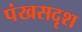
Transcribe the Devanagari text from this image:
पंखसदृश